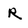
Character: R